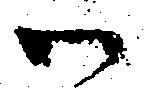
御